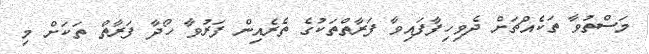
މަސްތުވާ ތަކެއްޗަށް ދެވިހިފާފައިވާ ފަރާތްތަކުގެ ތެރެއިން ފަރުވާ ހޯދާ ފަރާތް ތަކަށް މި